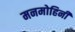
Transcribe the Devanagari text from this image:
मनमोहिनी